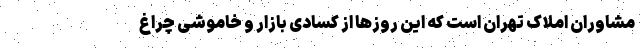
مشاوران املاک تهران است که این روزها از کسادی بازار و خاموشی چراغ